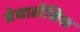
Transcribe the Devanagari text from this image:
बेघालेंसिस